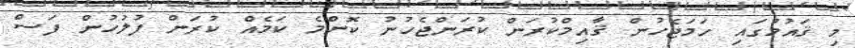
މި ޤައުމުގައި ހަމަޖެހުން ޤާއިމްކުރަން ކުރަންޖެހުނު ކޮންމެ ކަމެއް ކުރަން ފުލުހުން ފަސް